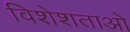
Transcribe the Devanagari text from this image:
विशेशताओ